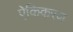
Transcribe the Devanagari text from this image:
ऐकिकरण